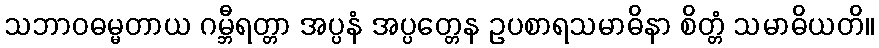
သဘာဝဓမ္မတာယ ဂမ္ဘီရတ္တာ အပ္ပနံ အပ္ပတ္တေန ဥပစာရသမာဓိနာ စိတ္တံ သမာဓိယတိ။